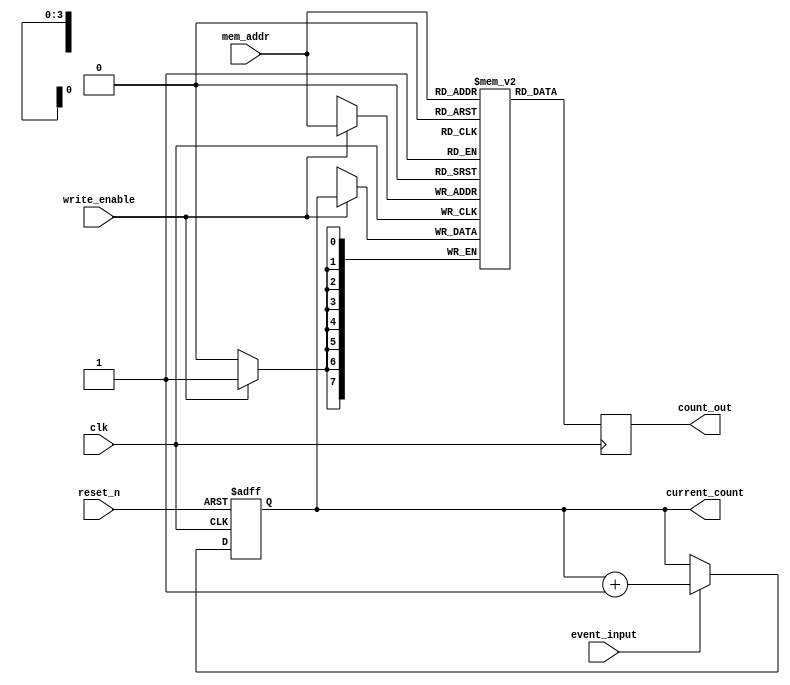
module event_counter #(
    parameter N = 8,            // Bit-width of the counter
    parameter MEM_SIZE = 16     // Number of memory blocks
) (
    input wire clk,             // Clock signal
    input wire reset_n,         // Active low asynchronous reset
    input wire event_input,      // Input event signal
    input wire write_enable,     // Signal to write count to memory
    input wire [3:0] mem_addr,   // Address to write/read from memory
    output reg [N-1:0] count_out, // Output count from memory
    output reg [N-1:0] current_count // Current count value
);

    // Memory array to store counts
    reg [N-1:0] memory [0:MEM_SIZE-1];

    // Synchronous counter logic
    always @(posedge clk or negedge reset_n) begin
        if (!reset_n) begin
            current_count <= 0; // Reset current count
        end else if (event_input) begin
            current_count <= current_count + 1; // Increment count on event
        end
    end

    // Memory write logic
    always @(posedge clk) begin
        if (write_enable) begin
            memory[mem_addr] <= current_count; // Write current count to memory
        end
    end

    // Memory read logic
    always @(posedge clk) begin
        count_out <= memory[mem_addr]; // Read count from memory
    end

endmodule